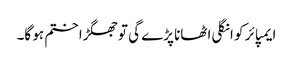
ایمپائر کو انگلی اٹھانا پڑے گی تو جھگڑا ختم ہو گا۔